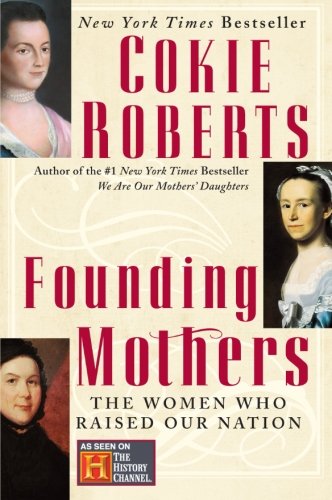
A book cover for Founding Mothers: The Women Who Raised Our Nation; Cokie Roberts; History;